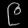
Digit: ၉